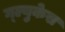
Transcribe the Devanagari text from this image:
ग्ल्युकेस